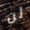
لن